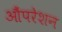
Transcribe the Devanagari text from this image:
औंपरेशन